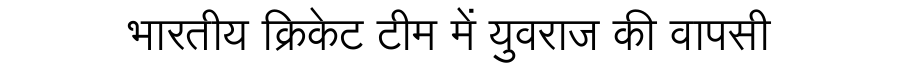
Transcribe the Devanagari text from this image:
भारतीय क्रिकेट टीम में युवराज की वापसी